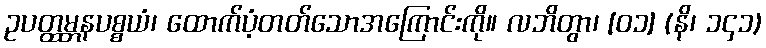
ဥပတ္ထမ္ဘနပစ္စယံ၊ ထောက်ပံ့တတ်သောအကြောင်းကို။ လဘိတွာ၊ [၀၁] (နိ၊ ၁၄၁)